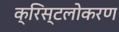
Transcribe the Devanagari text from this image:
क्रिस्टलोकरण